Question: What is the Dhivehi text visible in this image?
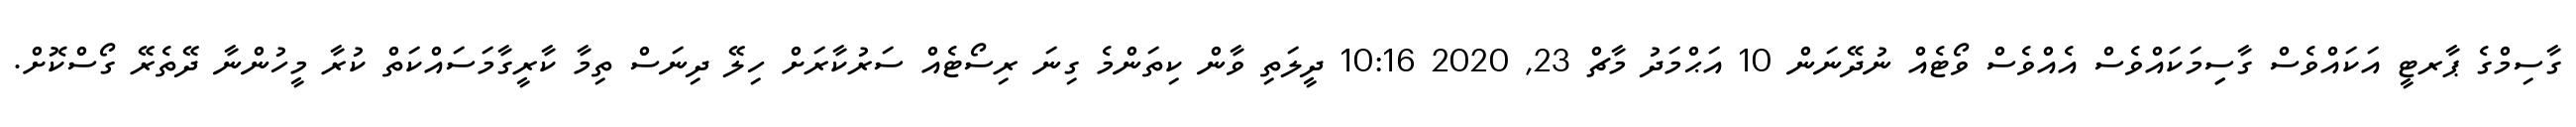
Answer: ގާސިމްގެ ޕާރޓީ އަކައްވެސް ގާސިިމަކައްވެސް އެއްވެސް ވޯޓެއް ނުދޭނަން 10 އަޙްމަދު މާޗް 23, 2020 10:16 ދީލަތި ވާން ކިތަންމެ ގިނަ ރިސޯޓެއް ސަރުކާރަށް ހިލޭ ދިނަސް ތިމާ ކާރީގާމަސައްކަތް ކުރާ މީހުންނާ ދޭތެރޭ ގޯސްކޮށް.